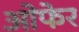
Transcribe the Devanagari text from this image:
ओफेर